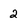
Character: 2